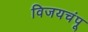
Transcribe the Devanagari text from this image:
विजयचंपू